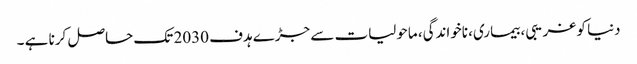
دنیا کو غریبی، بیماری، ناخواندگی، ماحولیات سے جڑے ہدف 2030 تک حاصل کرنا ہے ۔